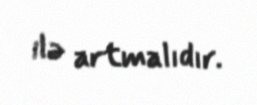
ilə artmalıdır.